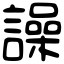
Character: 譟